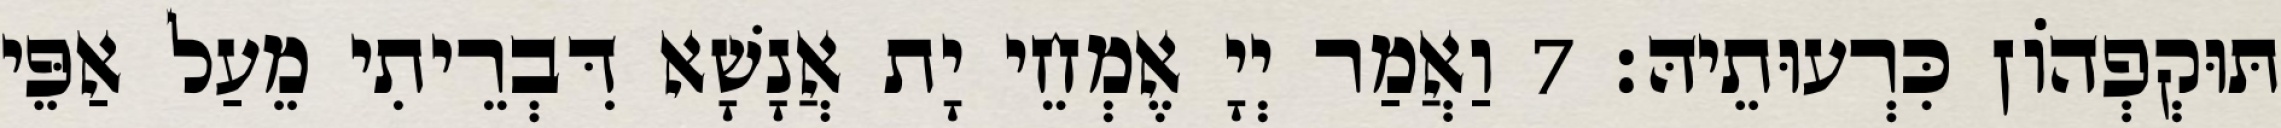
תּוּקְפְהוֹן כִּרְעוּתֵיהּ׃ 7 וַאֲמַר יְיָ אֶמְחֵי יָת אֲנָשָׁא דִּבְרֵיתִי מֵעַל אַפֵּי